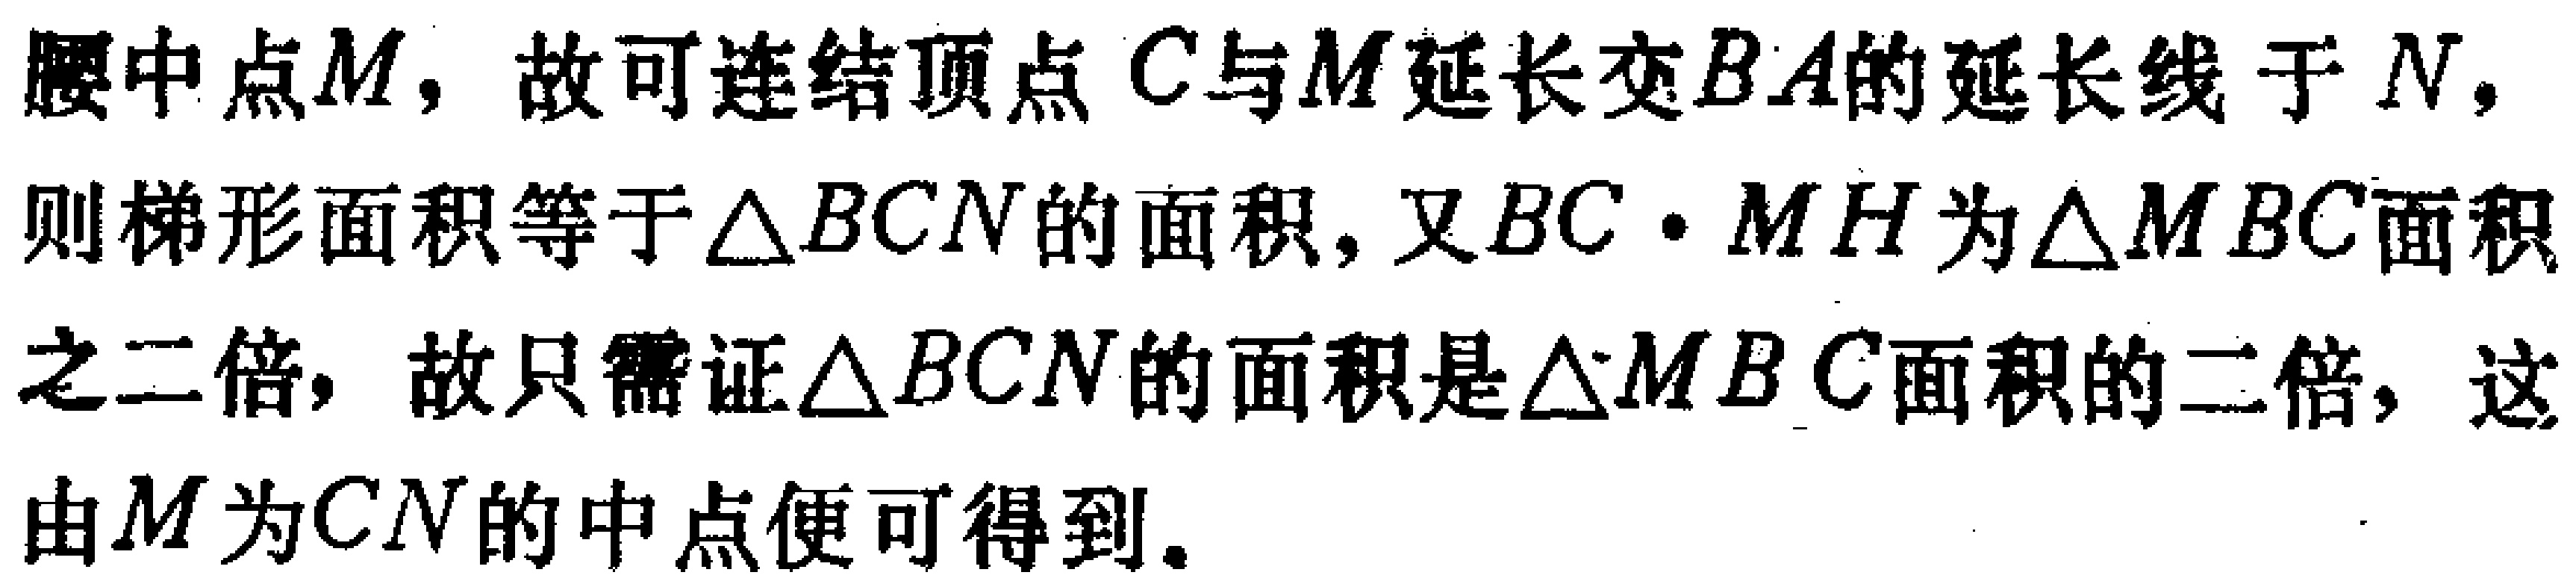
腰中点\(M\)，故可连结顶点 \(C\)与\(M\)延长交\(BA\)的延长线于\(N\)，则梯形面积等于\(\triangle BCN\)的面积，又\(BC\cdot MH\)为\(\triangle MBC\)面积之二倍，故只需证\(\triangle BCN\)的面积是\(\triangle MBC\)面积的二倍，这由\(M\)为\(CN\)的中点便可得到。